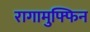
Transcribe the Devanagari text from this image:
रागामुफ्फिन